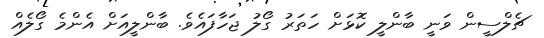
ޗެލްސީން ވަނީ ބާންލީ ކޮޅަށް ހަތަރު ގޯލު ޖަހާފައެވެ. ބާންލީއަށް އެންމެ ގޯލެއް